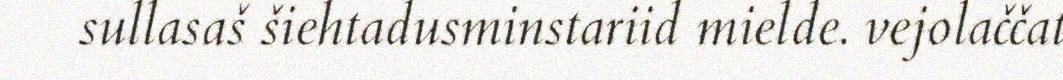
sullasaš šiehtadusminstariid mielde. vejolaččat